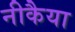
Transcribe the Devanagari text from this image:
नीकैया